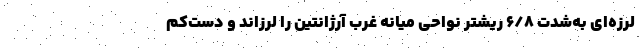
‌لرزه‌ای به‌شدت ۶/۸ ریشتر نواحی میانهٔ غرب آرژانتین را لرزاند و دست‌کم